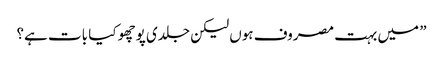
” میں بہت مصروف ہوں لیکن جلدی پوچھو کیا بات ہے؟